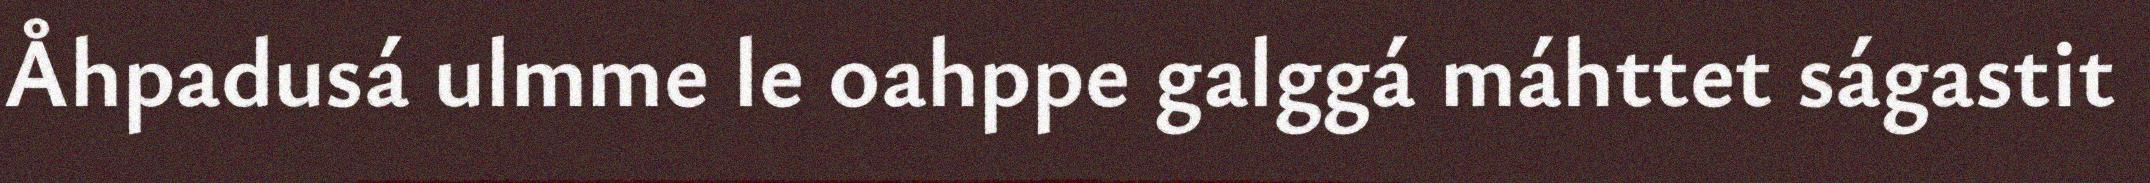
Åhpadusá ulmme le oahppe galggá máhttet ságastit